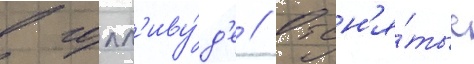
в голл'иву́д'е // Отсн'я́тые